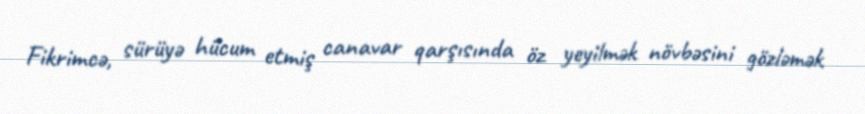
Fikrimcə, sürüyə hücum etmiş canavar qarşısında öz yeyilmək növbəsini gözləmək